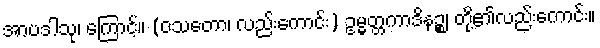
အာပဒါသု၊ ကြောင့်။ (ဝသတော၊ လည်းကောင်း) ဥမ္မတ္တကာဒိနဉ္စ၊ တို့၏လည်းကောင်း။